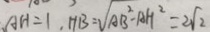
A H = 1 , H B = \sqrt { A B ^ { 2 } - A H ^ { 2 } } = 2 \sqrt { 2 }